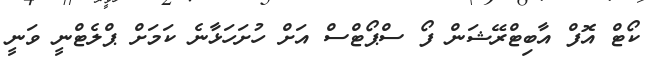
ކޯޓް އޮފް އާބިޓްރޭޝަން ފޯ ސްޕޯޓްސް އަށް ހުށަހަޅާނެ ކަމަށް ޕްލެޓްނީ ވަނީ